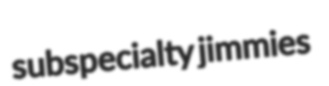
subspecialty jimmies